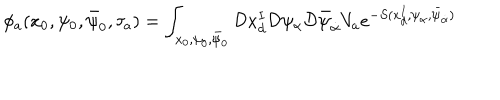
\phi _ { a } ( x _ { 0 } , \psi _ { 0 } , \bar { \psi } _ { 0 } , \tau _ { a } ) = \int _ { x _ { 0 } , \psi _ { 0 } , \bar { \psi } _ { 0 } } { \cal D } x _ { d } ^ { I } { \cal D } \psi _ { \alpha } { \cal D } \bar { \psi } _ { \dot { \alpha } } V _ { a } e ^ { - S ( x _ { d } ^ { I } , \psi _ { \alpha } , \bar { \psi } _ { \dot { \alpha } } ) }